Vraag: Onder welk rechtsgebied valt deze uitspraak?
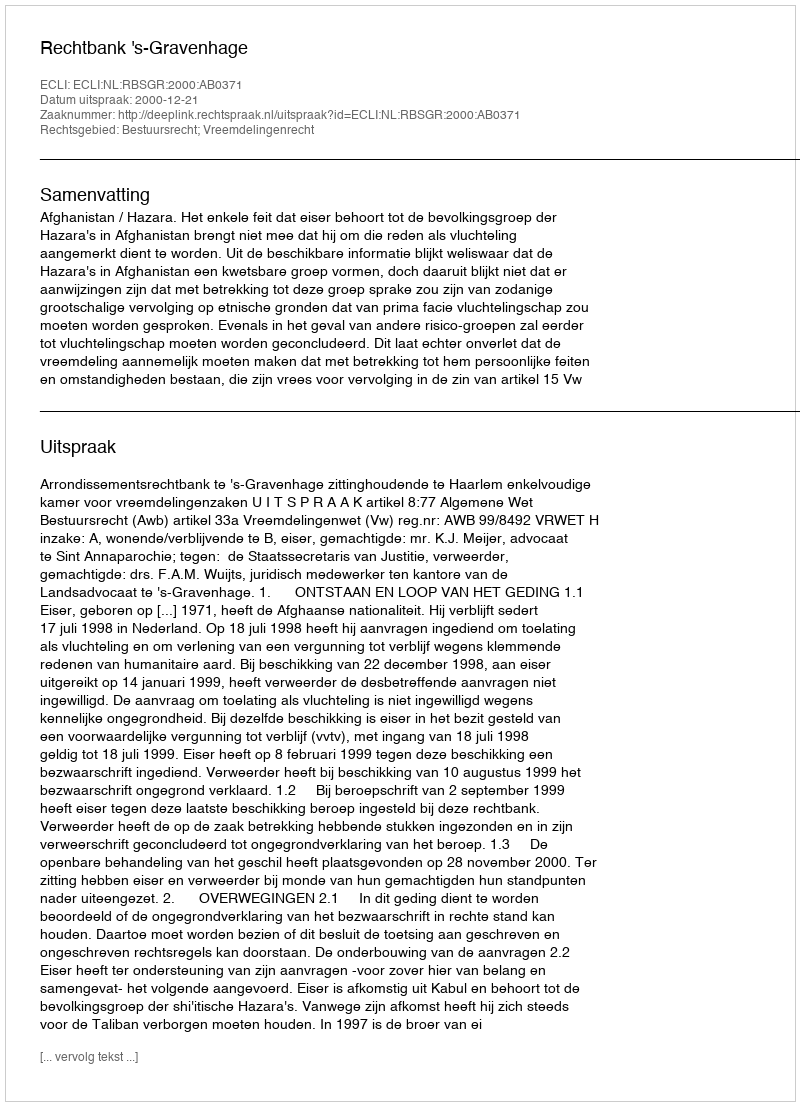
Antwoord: Bestuursrecht; Vreemdelingenrecht